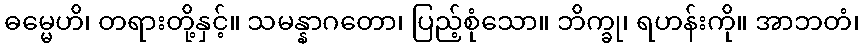
ဓမ္မေဟိ၊ တရားတို့နှင့်။ သမန္နာဂတော၊ ပြည့်စုံသော။ ဘိက္ခု၊ ရဟန်းကို။ အာဘတံ၊